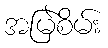
အမြဲစိမ်း